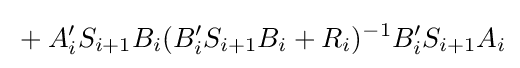
{}+A'_{i}S_{i+1}B_{i}(B'_{i}S_{i+1}B_{i}+R_{i})^{-1}B'_{i}S_{i+1}A_{i}